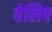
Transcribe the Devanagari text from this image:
वेलिप